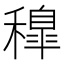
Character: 𥢐